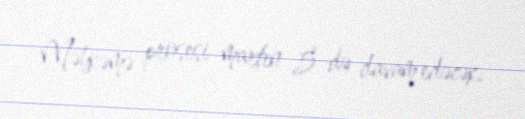
Məhkəmə prosesi martın 5-də davam edəcək.